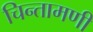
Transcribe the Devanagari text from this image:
चिन्तामणी